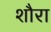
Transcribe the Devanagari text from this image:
शौरा